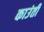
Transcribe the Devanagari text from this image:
काउंती